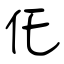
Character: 仛